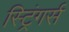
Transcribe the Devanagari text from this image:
स्ट्रिंगर्स